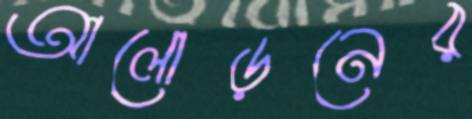
আলোড়নের